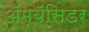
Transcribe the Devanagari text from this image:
अॅम्बॅसिडर